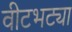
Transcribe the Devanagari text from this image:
वीटभट्या